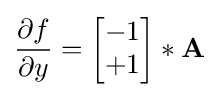
{\frac {\partial f}{\partial y}}={\begin{bmatrix}-1\\+1\end{bmatrix}}*\mathbf {A}